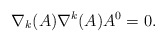
\begin{align*}\nabla_{k}(A)\nabla^{k}(A) A^{0} = 0.\end{align*}